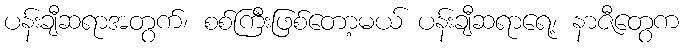
ပန်းချီဆရာအတွက်၊ စစ်ကြီးဖြစ်တော့မယ် ပန်းချီဆရာရေ့၊ နာဇီတွေက